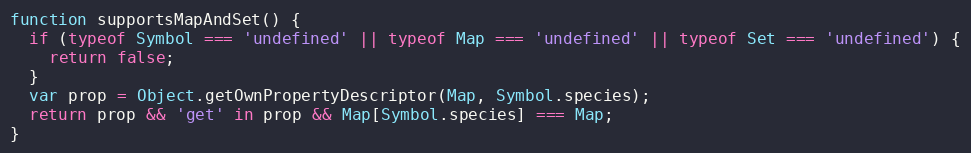
Language: JavaScript
function supportsMapAndSet() {
  if (typeof Symbol === 'undefined' || typeof Map === 'undefined' || typeof Set === 'undefined') {
    return false;
  }
  var prop = Object.getOwnPropertyDescriptor(Map, Symbol.species);
  return prop && 'get' in prop && Map[Symbol.species] === Map;
}